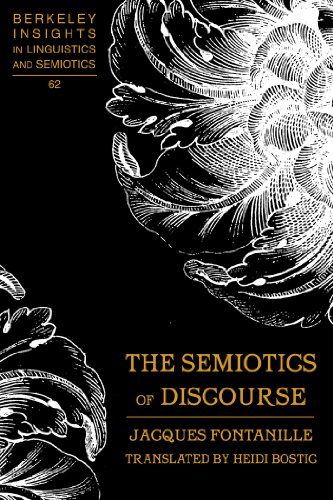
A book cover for The Semiotics of Discourse (Berkeley Insights in Linguistics and Semiotics); Jacques Fontanille; Reference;